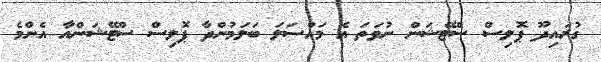
ގުރައިދޫ ޕޮލިސް ސްޓޭޝަން ނުވަތަ އެ މައްސަލަ ބަލަމުންދާ ޕޮލިސް ސްޓޭޝަންއާ އެންމެ